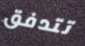
تتدفق